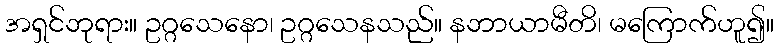
အရှင်ဘုရား။ ဥဂ္ဂသေနော၊ ဥဂ္ဂသေနသည်။ နဘာယာမီတိ၊ မကြောက်ဟူ၍။